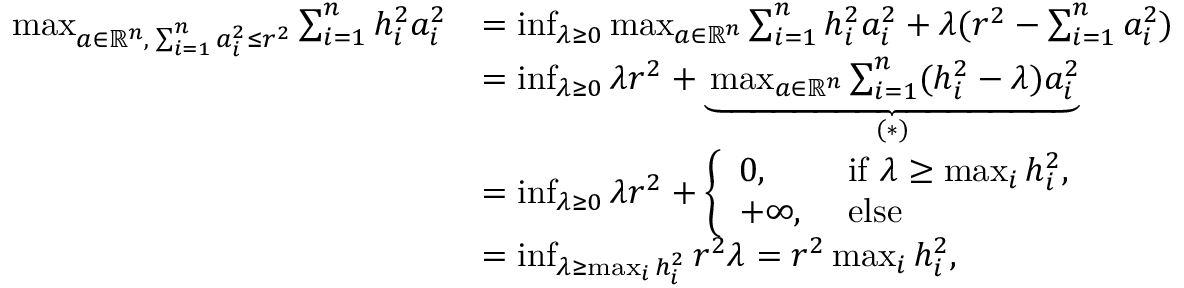
\begin{array} { r l } { \operatorname* { m a x } _ { a \in \mathbb R ^ { n } , \; \sum _ { i = 1 } ^ { n } a _ { i } ^ { 2 } \le r ^ { 2 } } \sum _ { i = 1 } ^ { n } h _ { i } ^ { 2 } a _ { i } ^ { 2 } } & { = \operatorname* { i n f } _ { \lambda \ge 0 } \operatorname* { m a x } _ { a \in \mathbb R ^ { n } } \sum _ { i = 1 } ^ { n } h _ { i } ^ { 2 } a _ { i } ^ { 2 } + \lambda ( r ^ { 2 } - \sum _ { i = 1 } ^ { n } a _ { i } ^ { 2 } ) } \\ & { = \operatorname* { i n f } _ { \lambda \ge 0 } \lambda r ^ { 2 } + \underbrace { \operatorname* { m a x } _ { a \in \mathbb R ^ { n } } \sum _ { i = 1 } ^ { n } ( h _ { i } ^ { 2 } - \lambda ) a _ { i } ^ { 2 } } _ { ( * ) } } \\ & { = \operatorname* { i n f } _ { \lambda \ge 0 } \lambda r ^ { 2 } + \left\{ \begin{array} { l l } { 0 , } & { \mathrm { ~ i f ~ } \lambda \ge \operatorname* { m a x } _ { i } h _ { i } ^ { 2 } , } \\ { + \infty , } & { \mathrm { ~ e l s e } } \end{array} \right. } \\ & { = \operatorname* { i n f } _ { \lambda \ge \operatorname* { m a x } _ { i } h _ { i } ^ { 2 } } r ^ { 2 } \lambda = r ^ { 2 } \operatorname* { m a x } _ { i } h _ { i } ^ { 2 } , } \end{array}